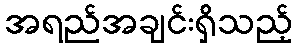
အရည်အချင်းရှိသည့်